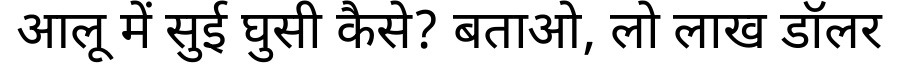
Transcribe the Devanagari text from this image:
आलू में सुई घुसी कैसे? बताओ, लो लाख डॉलर